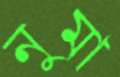
নুমা